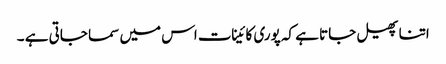
اتنا پھیل جاتا ہے کہ پوری کائینات اس میں سما جاتی ہے ۔